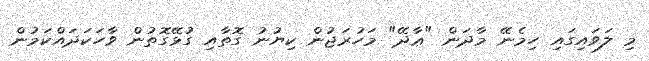
މި ލަވައިގައި ހިމެނޭ މާދަން "ޢާދޭ" މަހުރަޖުން ކިޔުނު ގޮތާއި ގުޅޭގޮތުން ވާހަކަދައްކަމުން